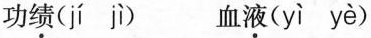
功绩( jí jì ) 血液( yì yè )